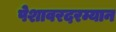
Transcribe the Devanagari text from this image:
पेशावरदरम्यान